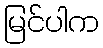
မြင်ပါက